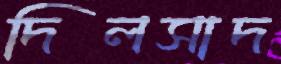
দিলসাদ